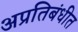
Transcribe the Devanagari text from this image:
अप्रतिबंधीत